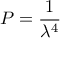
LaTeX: P = { \frac { 1 } { \lambda ^ { 4 } } }